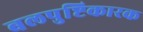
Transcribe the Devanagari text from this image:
बलपुष्टिकारक